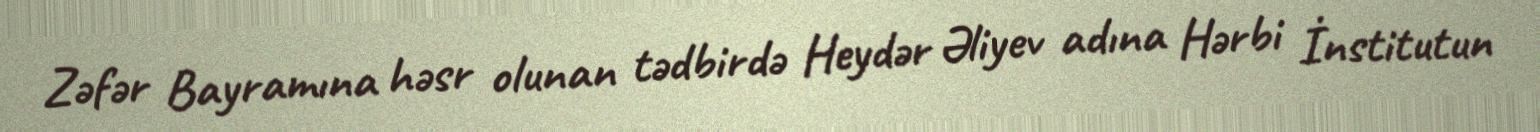
Zəfər Bayramına həsr olunan tədbirdə Heydər Əliyev adına Hərbi İnstitutun